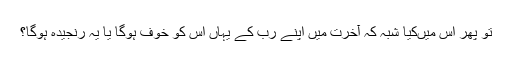
تو پھر اس میں‌کیا شبہ کہ آخرت میں اپنے رب کے یہاں اس کو خوف ہوگا یا یہ رنجیدہ ہوگا؟